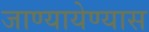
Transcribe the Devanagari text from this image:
जाण्यायेण्यास